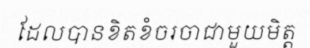
ដែលបានខិតខំចរចាជាមួយមិត្ត